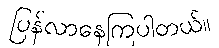
ပြန်လာနေကြပါတယ်။